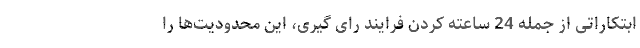
ابتکاراتی از جمله 24 ساعته کردن فرایند رای گیری، این محدودیت‌ها را